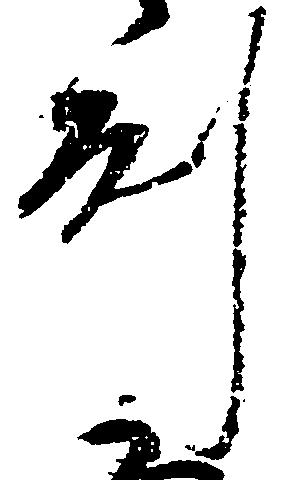
州